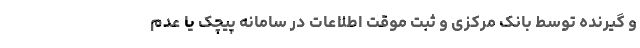
و گیرنده توسط بانک مرکزی و ثبت موقت اطلاعات در سامانه پیچک یا عدم